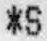
*S